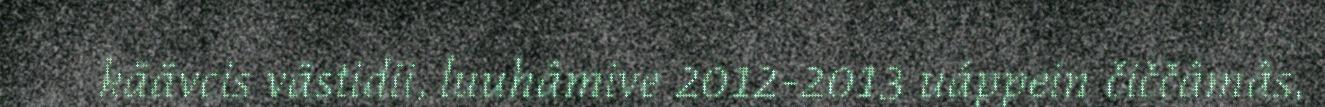
käävcis västidii, luuhâmive 2012-2013 uáppein čiččâmâs,